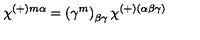
\chi ^ { ( + ) m \alpha } = \left( \gamma ^ { m } \right) _ { \beta \gamma } \chi ^ { ( + ) ( \alpha \beta \gamma ) }